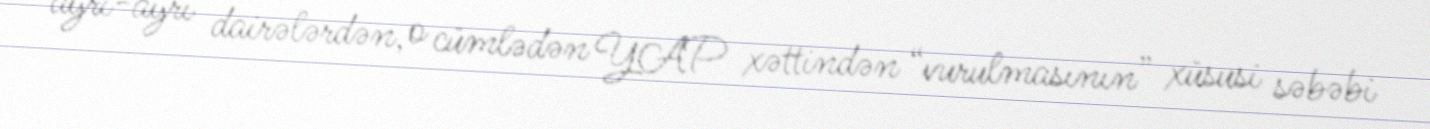
ayrı-ayrı dairələrdən, o cümlədən YAP xəttindən “vurulmasının” xüsusi səbəbi